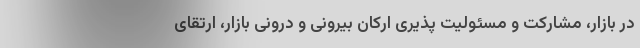
در بازار، مشارکت و مسئولیت پذیری ارکان بیرونی و درونی بازار، ارتقای